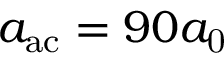
a _ { \mathrm { a c } } = 9 0 a _ { \mathrm { 0 } }